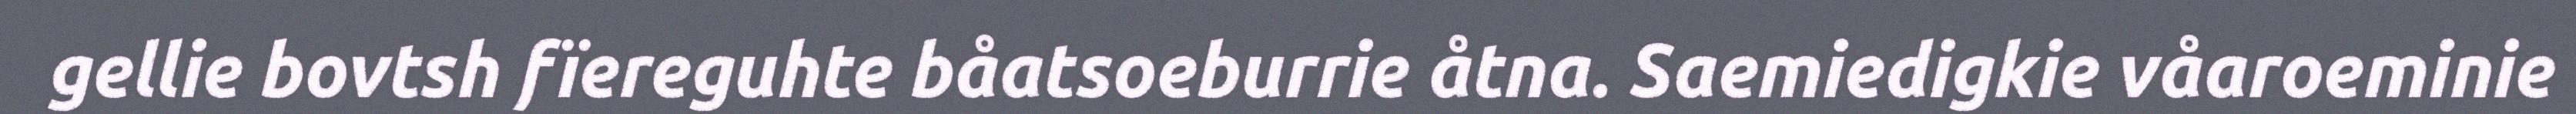
gellie bovtsh fïereguhte båatsoeburrie åtna. Saemiedigkie våaroeminie